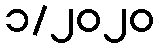
၁/၂၀၂၀